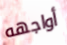
أواجهه